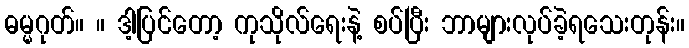
ဓမ္မဂုတ်။ ။ ဒါ့ပြင်တော့ ကုသိုလ်ရေးနဲ့ စပ်ပြီး ဘာများလုပ်ခဲ့ရသေးတုန်း။